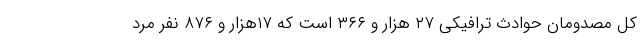
کل مصدومان حوادث ترافیکی ۲۷ هزار و ۳۶۶ است که ۱۷هزار و ۸۷۶ نفر مرد